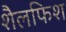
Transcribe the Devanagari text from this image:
शैलफिश